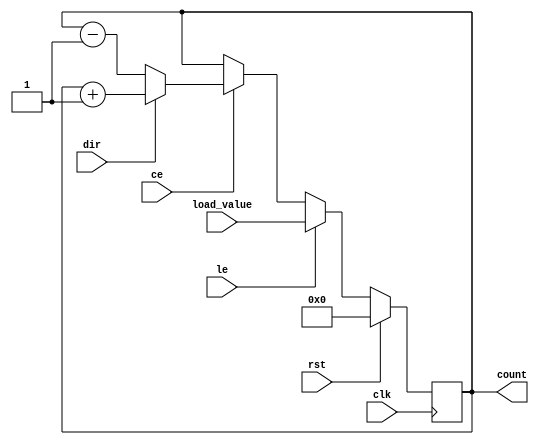
module LoadableCounter (
    input wire clk,           // Clock signal
    input wire rst,           // Reset signal
    input wire le,            // Load Enable
    input wire ce,            // Count Enable
    input wire dir,           // Count Direction (1 for up, 0 for down)
    input wire [N-1:0] load_value, // Value to load into the counter
    output reg [N-1:0] count   // Current count value
);
    parameter N = 8; // Bit width of the counter (can be adjusted)

    // Synchronous reset and load logic
    always @(posedge clk) begin
        if (rst) begin
            count <= 0; // Reset to 0 (can modify to a specific value if required)
        end else if (le) begin
            count <= load_value; // Load value into the counter
        end else if (ce) begin
            if (dir) begin
                count <= count + 1; // Increment the counter
            end else begin
                count <= count - 1; // Decrement the counter
            end
        end
    end

endmodule